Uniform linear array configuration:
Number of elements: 4
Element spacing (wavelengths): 0.25
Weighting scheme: blackman
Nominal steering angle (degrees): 30
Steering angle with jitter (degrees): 31.216
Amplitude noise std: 0.05
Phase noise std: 0.05

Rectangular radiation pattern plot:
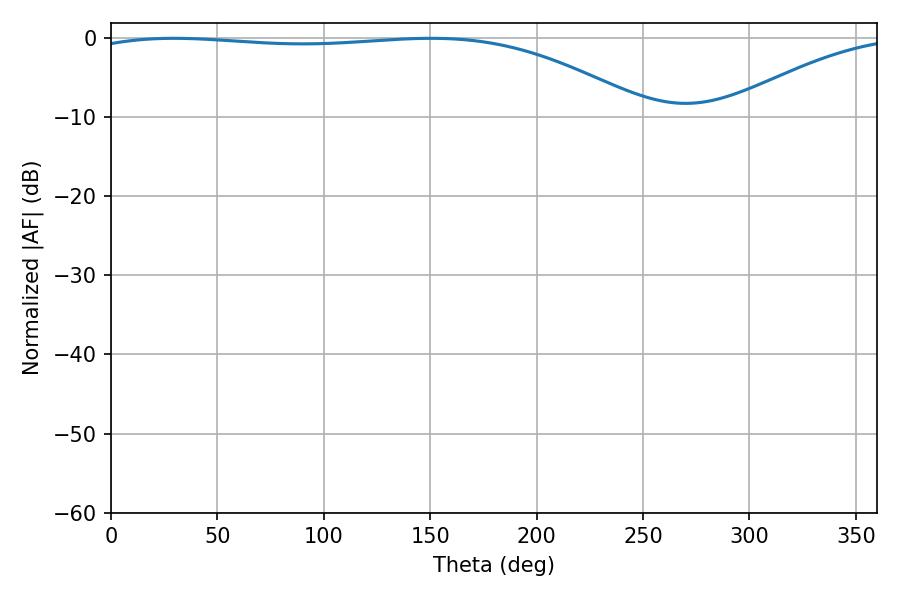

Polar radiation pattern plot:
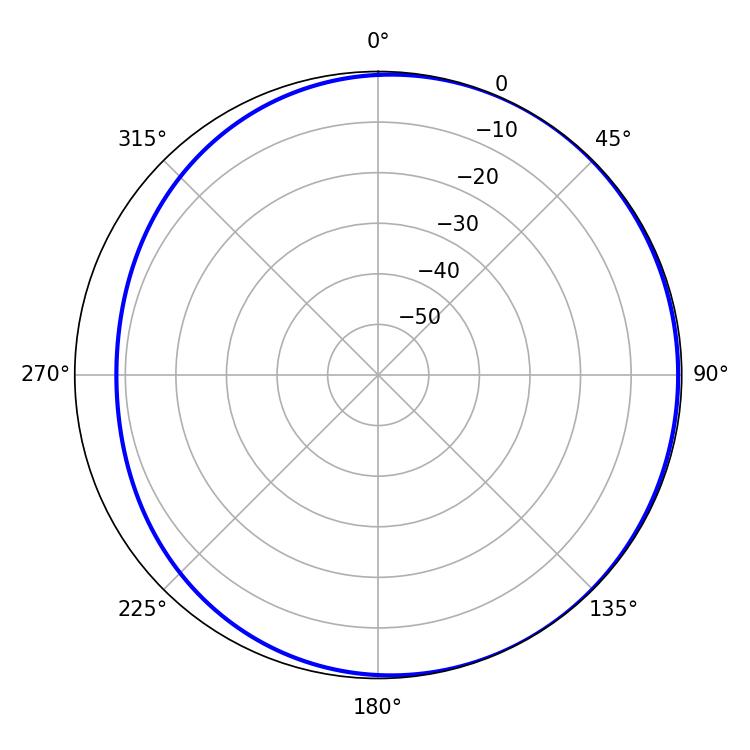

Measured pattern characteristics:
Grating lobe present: FALSE
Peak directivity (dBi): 2.053
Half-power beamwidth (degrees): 210.42
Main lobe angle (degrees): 29.52